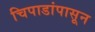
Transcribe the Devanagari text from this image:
चिपाडांपासून